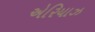
એરિયાઝ